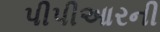
પીપીઆરની